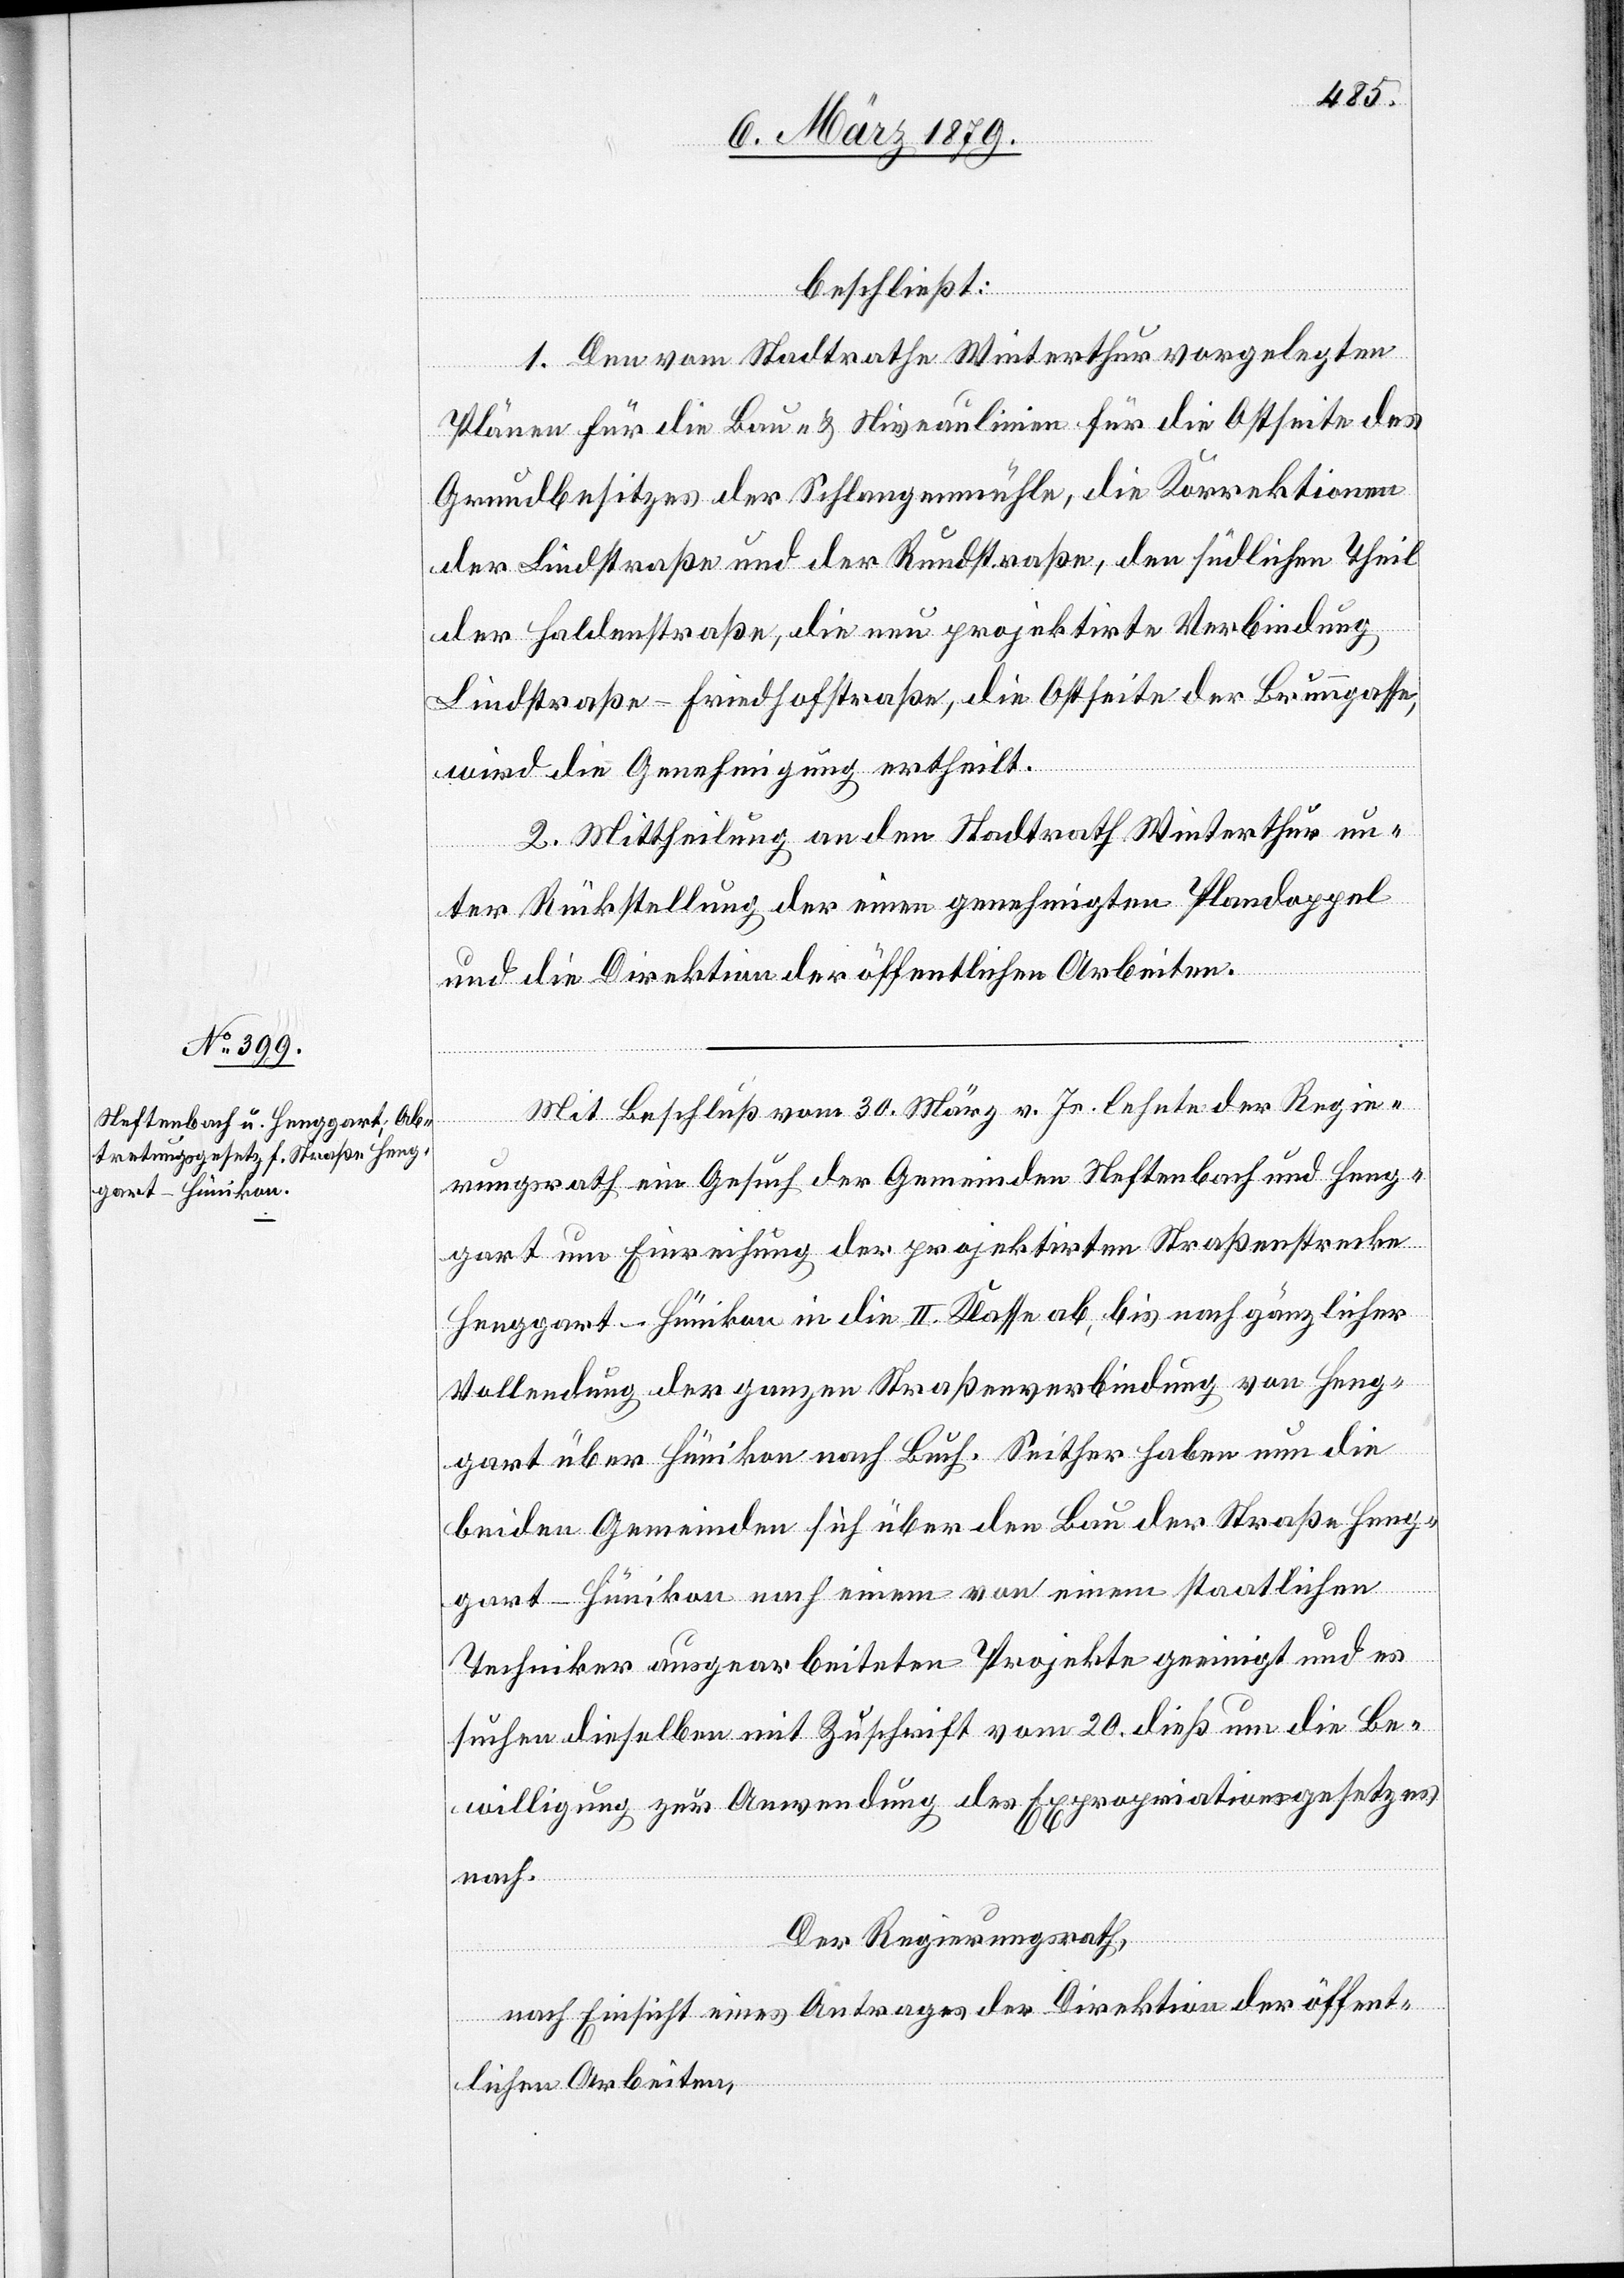
beschließt:
1. Den vom Stadtrathe Winterthur vorgelegten
Plänen für die Bau- & Niveaulinien für die Ostseite des
Grundbesitzes der Schlangenmühle, die Korrektionen
der Lindstraße und der Rundstraße, den südlichen Theil
der Haldenstraße, die neu projektirte Verbindung
Lindstraße–Friedhofstraße, die Ostseite der Brunngasse,
wird die Genehmigung ertheilt.
2. Mittheilung an den Stadtrath Winterthur un¬
ter Rückstellung der einen [sic!] genehmigten Plandoppel
und die Direktion der öffentlichen Arbeiten.
Mit Beschluß vom 30. März v. Js. lehnte der Regie¬
rungsrath ein Gesuch der Gemeinden Neftenbach und Heng¬
gart um Einreihung der projektirten Straßenstrecke
Henggart–Hünikon in die II. Klasse ab, bis nach gänzlicher
Vollendung der ganzen Straßenverbindung von Heng¬
gart über Hünikon nach Buch. Seither haben nun die
beiden Gemeinden sich über den Bau der Straße Heng¬
gart–Hünikon nach einem von einem staatlichen
Techniker ausgearbeiteten Projekte geeinigt und es
suchen dieselben mit Zuschrift vom 20. dieß [sic!] um die Be¬
willigung zur Anwendung des Expropriationsgesetzes
nach.
Der Regierungsrath,
nach Einsicht eines Antrages der Direktion der öffent¬
lichen Arbeiten,